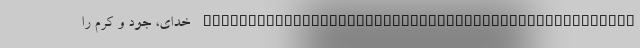
________________________________________________ خداى، جود و کرم را